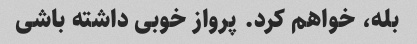
بله، خواهم کرد. پرواز خوبی داشته باشی